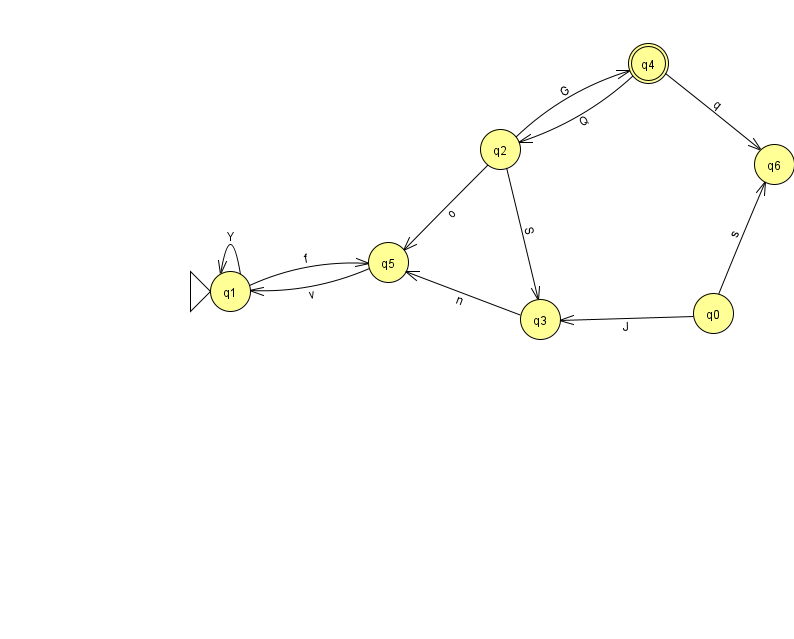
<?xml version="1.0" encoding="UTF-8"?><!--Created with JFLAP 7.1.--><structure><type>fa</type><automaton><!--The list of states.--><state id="0" name="q0"><x>713.0</x><y>300.0</y></state><state id="1" name="q1"><x>230.0</x><y>278.0</y><initial/></state><state id="2" name="q2"><x>500.0</x><y>136.0</y></state><state id="3" name="q3"><x>540.0</x><y>306.0</y></state><state id="4" name="q4"><x>648.0</x><y>50.0</y><final/></state><state id="5" name="q5"><x>388.0</x><y>249.0</y></state><state id="6" name="q6"><x>774.0</x><y>151.0</y></state><!--The list of transitions.--><transition><from>3</from><to>5</to><read>n</read></transition><transition><from>1</from><to>1</to><read>Y</read></transition><transition><from>1</from><to>5</to><read>f</read></transition><transition><from>5</from><to>1</to><read>v</read></transition><transition><from>2</from><to>4</to><read>G</read></transition><transition><from>2</from><to>5</to><read>o</read></transition><transition><from>4</from><to>6</to><read>q</read></transition><transition><from>4</from><to>2</to><read>Q</read></transition><transition><from>0</from><to>3</to><read>J</read></transition><transition><from>0</from><to>6</to><read>s</read></transition><transition><from>2</from><to>3</to><read>S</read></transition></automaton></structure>